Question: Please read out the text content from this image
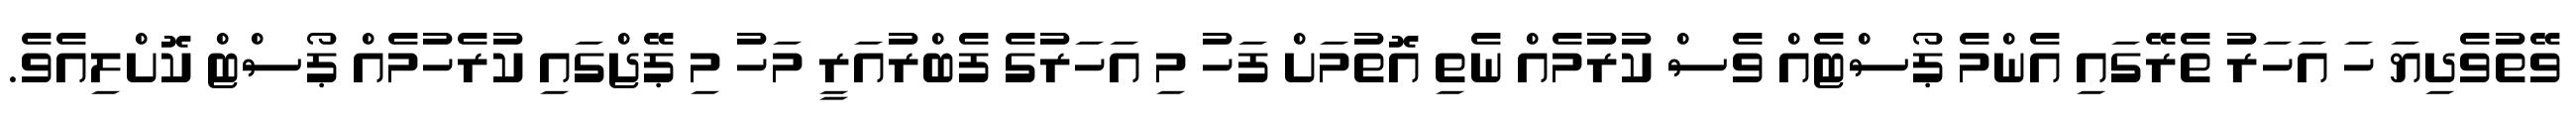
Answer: ވޭތުވެދިޔަ ހަ އަހަރު ތެރޭގައި އެންމެ ޕޯސްޓެއް ވެސް ކުރުމެއް ނެތި އޮތުމަށް ފަހު މި އަހަރުގެ ފެބްރުއަރީ މަހު މި ޕޭޖްގައި ކުރެހުމެއް ޕޯސްޓް ކޮށްލިއެވެ.